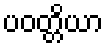
ပဝတ္တိယာ